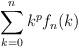
LaTeX: \begin{align*} \sum\limits_{k=0}^n k^p f_n(k)\end{align*}